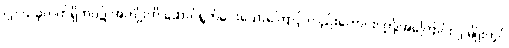
(၂) ယခုလက်ရှိဘဝ၌ အကျိုးကို ဆောင်ရွက်ပေးသောကြောင့် လည်းကောင်း၊ ဤအကြောင်း ၂-မျိုးတွင်